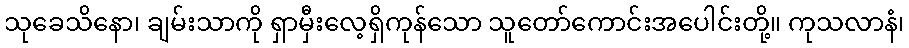
သုခေသိနော၊ ချမ်းသာကို ရှာမှီးလေ့ရှိကုန်သော သူတော်ကောင်းအပေါင်းတို့။ ကုသလာနံ၊